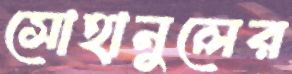
সোহানুলের